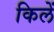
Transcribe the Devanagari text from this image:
किलें